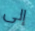
إلى